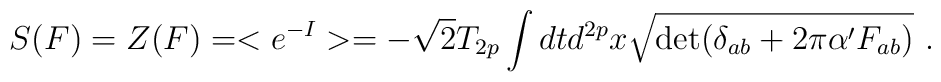
S(F)=Z(F)=<e^{-I}>=-\sqrt{2}T_{2p}\int dt d^{2p}x\sqrt{\det (\delta_{ab}+2\pi\alpha'F_{ab})} \ .